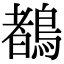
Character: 𪃙